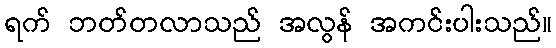
ရက် ဘတ်တလာသည် အလွန် အကင်းပါးသည်။